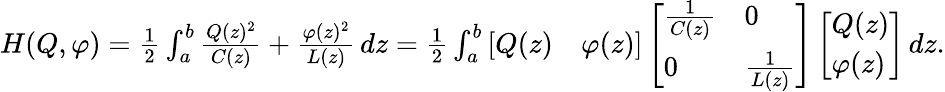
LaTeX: \begin{array}{r}{H(Q,\varphi)=\frac{1}{2}\int_{a}^{b}\frac{Q(z)^{2}}{C(z)}+\frac{\varphi(z)^{2}}{L(z)}\, dz=\frac{1}{2}\int_{a}^{b}\left[\begin{array}{ll}{Q(z)}&{\varphi(z)}\end{array}\right]\left[\begin{array}{ll}{\frac{1}{C(z)}}&{0}\\ {0}&{\frac{1}{L(z)}}\end{array}\right]\left[\begin{array}{l}{Q(z)}\\ {\varphi(z)}\end{array}\right]\, dz.}\end{array}